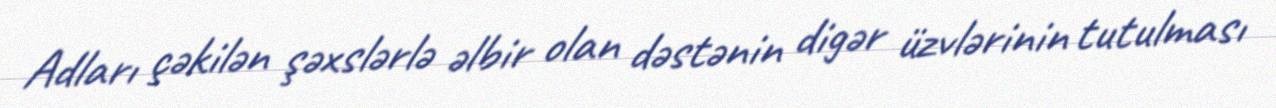
Adları çəkilən şəxslərlə əlbir olan dəstənin digər üzvlərinin tutulması